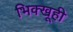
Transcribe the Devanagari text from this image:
भिक्खूही